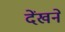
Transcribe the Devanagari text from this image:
देंखने